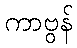
ကာဗွန်